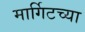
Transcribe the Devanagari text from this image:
मार्गिटच्या